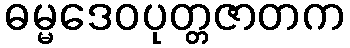
ဓမ္မဒေဝပုတ္တဇာတက